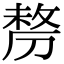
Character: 剺